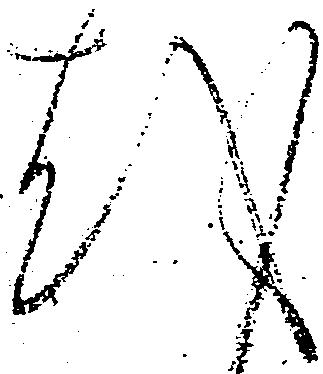
越